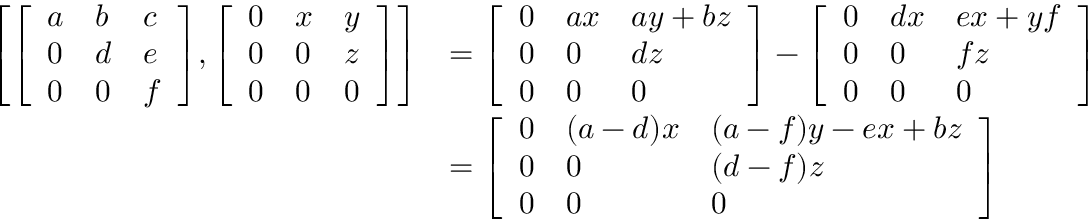
{ \begin{array} { r l } { \left[ { \left[ \begin{array} { l l l } { a } & { b } & { c } \\ { 0 } & { d } & { e } \\ { 0 } & { 0 } & { f } \end{array} \right] } , { \left[ \begin{array} { l l l } { 0 } & { x } & { y } \\ { 0 } & { 0 } & { z } \\ { 0 } & { 0 } & { 0 } \end{array} \right] } \right] } & { = { \left[ \begin{array} { l l l } { 0 } & { a x } & { a y + b z } \\ { 0 } & { 0 } & { d z } \\ { 0 } & { 0 } & { 0 } \end{array} \right] } - { \left[ \begin{array} { l l l } { 0 } & { d x } & { e x + y f } \\ { 0 } & { 0 } & { f z } \\ { 0 } & { 0 } & { 0 } \end{array} \right] } } \\ & { = { \left[ \begin{array} { l l l } { 0 } & { ( a - d ) x } & { ( a - f ) y - e x + b z } \\ { 0 } & { 0 } & { ( d - f ) z } \\ { 0 } & { 0 } & { 0 } \end{array} \right] } } \end{array} }